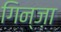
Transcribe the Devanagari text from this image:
गिन्ज़ा